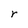
Character: r